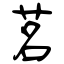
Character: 茗